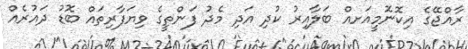
ރާއްޖޭގެ އިކޮނޮމީއަށއް ބަލާއިރު ކުދި އަދި މެދު ފަންތީގެ ވިޔަފާރިތައް ބޮޑު ދައުރެއް